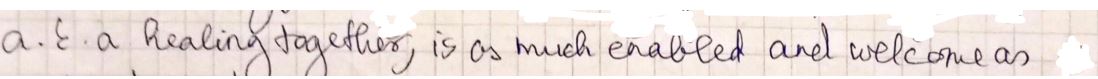
a E.a, healing together, is as much enabled and welcome as